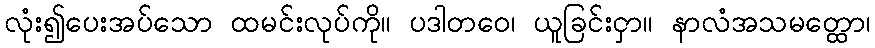
လုံး၍ပေးအပ်သော ထမင်းလုပ်ကို။ ပဒါတဝေ၊ ယူခြင်းငှာ။ နာလံအသမတ္ထော၊